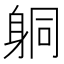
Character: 𨈹